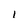
Character: l